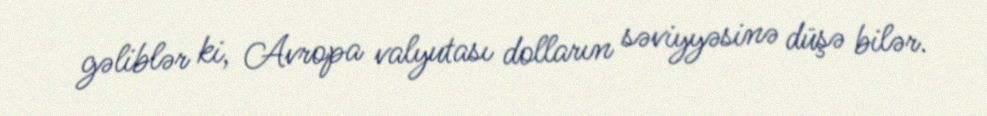
gəliblər ki, Avropa valyutası dolların səviyyəsinə düşə bilər.